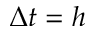
\Delta t = h